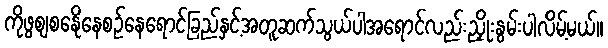
ကိုဖွစျစနေိုနေစဉ်နေရောင်ခြည်နှင့်အတူဆက်သွယ်ပါအရောင်လည်းညှိုးနွမ်းပါလိမ့်မယ်။